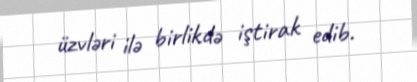
üzvləri ilə birlikdə iştirak edib.